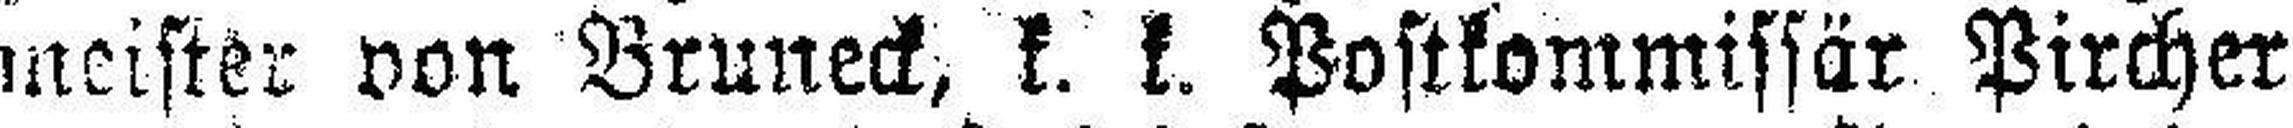
meister von Bruneck, k. k. Postkommissär Pircher